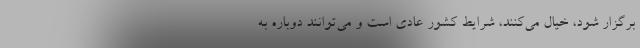
برگزار شود، خیال می‌کنند، شرایط کشور عادی است و می‌توانند دوباره به